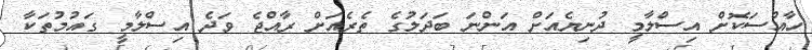
ހާއްސަކޮށް އިސްލާމީ ދުނިޔެއަށް އަންނަ ބަދަލުގެ ތެރެއަށް ރާއްޖެ ވަދެ އިސްލާމީ ގައުމުތަކާ